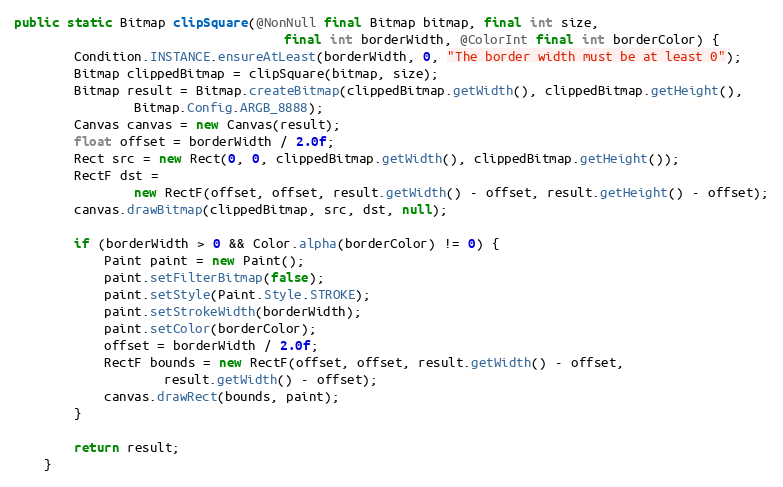
Language: Java
public static Bitmap clipSquare(@NonNull final Bitmap bitmap, final int size,
                                    final int borderWidth, @ColorInt final int borderColor) {
        Condition.INSTANCE.ensureAtLeast(borderWidth, 0, "The border width must be at least 0");
        Bitmap clippedBitmap = clipSquare(bitmap, size);
        Bitmap result = Bitmap.createBitmap(clippedBitmap.getWidth(), clippedBitmap.getHeight(),
                Bitmap.Config.ARGB_8888);
        Canvas canvas = new Canvas(result);
        float offset = borderWidth / 2.0f;
        Rect src = new Rect(0, 0, clippedBitmap.getWidth(), clippedBitmap.getHeight());
        RectF dst =
                new RectF(offset, offset, result.getWidth() - offset, result.getHeight() - offset);
        canvas.drawBitmap(clippedBitmap, src, dst, null);

        if (borderWidth > 0 && Color.alpha(borderColor) != 0) {
            Paint paint = new Paint();
            paint.setFilterBitmap(false);
            paint.setStyle(Paint.Style.STROKE);
            paint.setStrokeWidth(borderWidth);
            paint.setColor(borderColor);
            offset = borderWidth / 2.0f;
            RectF bounds = new RectF(offset, offset, result.getWidth() - offset,
                    result.getWidth() - offset);
            canvas.drawRect(bounds, paint);
        }

        return result;
    }